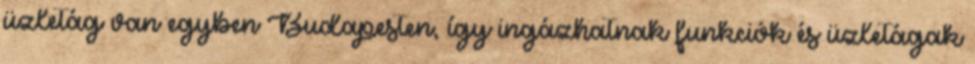
üzletág van egyben Budapesten, így ingázhatnak funkciók és üzletágak